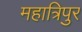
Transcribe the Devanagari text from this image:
महात्रिपुर